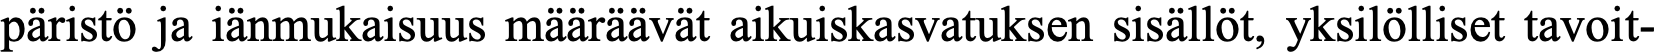
päristö ja iänmukaisuus määräävät aikuiskasvatuksen sisällöt, yksilölliset tavoit-